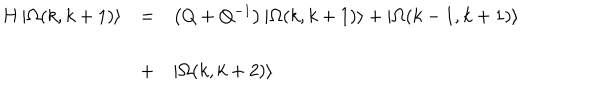
\begin{array} { l l l } { { H \left| \Omega ( k , k + 1 ) \right\rangle } } & { { = } } & { { \left( Q + Q ^ { - 1 } \right) \left| \Omega ( k , k + 1 ) \right\rangle + \left| \Omega ( k - 1 , k + 1 ) \right\rangle } } \\ { { } } & { { } } & { { } } \\ { { } } & { { + } } & { { \left| \Omega ( k , k + 2 ) \right\rangle } } \\ \end{array}